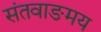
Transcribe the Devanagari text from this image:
संतवाङमय